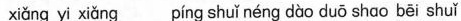
xiǎng yi xiǎng píng shuǐ néng dào duō shǎo bē i shuǐ